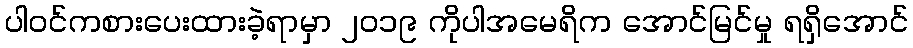
ပါဝင်ကစားပေးထားခဲ့ရာမှာ ၂၀၁၉ ကိုပါအမေရိက အောင်မြင်မှု ရရှိအောင်